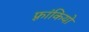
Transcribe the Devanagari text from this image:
फ़्रांकियो